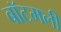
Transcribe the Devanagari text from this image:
बॉटमली